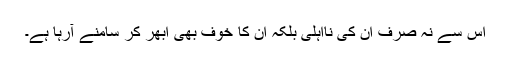
اس سے نہ صرف ان کی نااہلی بلکہ ان کا خوف بھی ابھر کر سامنے آرہا ہے۔